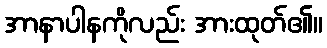
အာနာပါနကိုလည်း အားထုတ်၏။